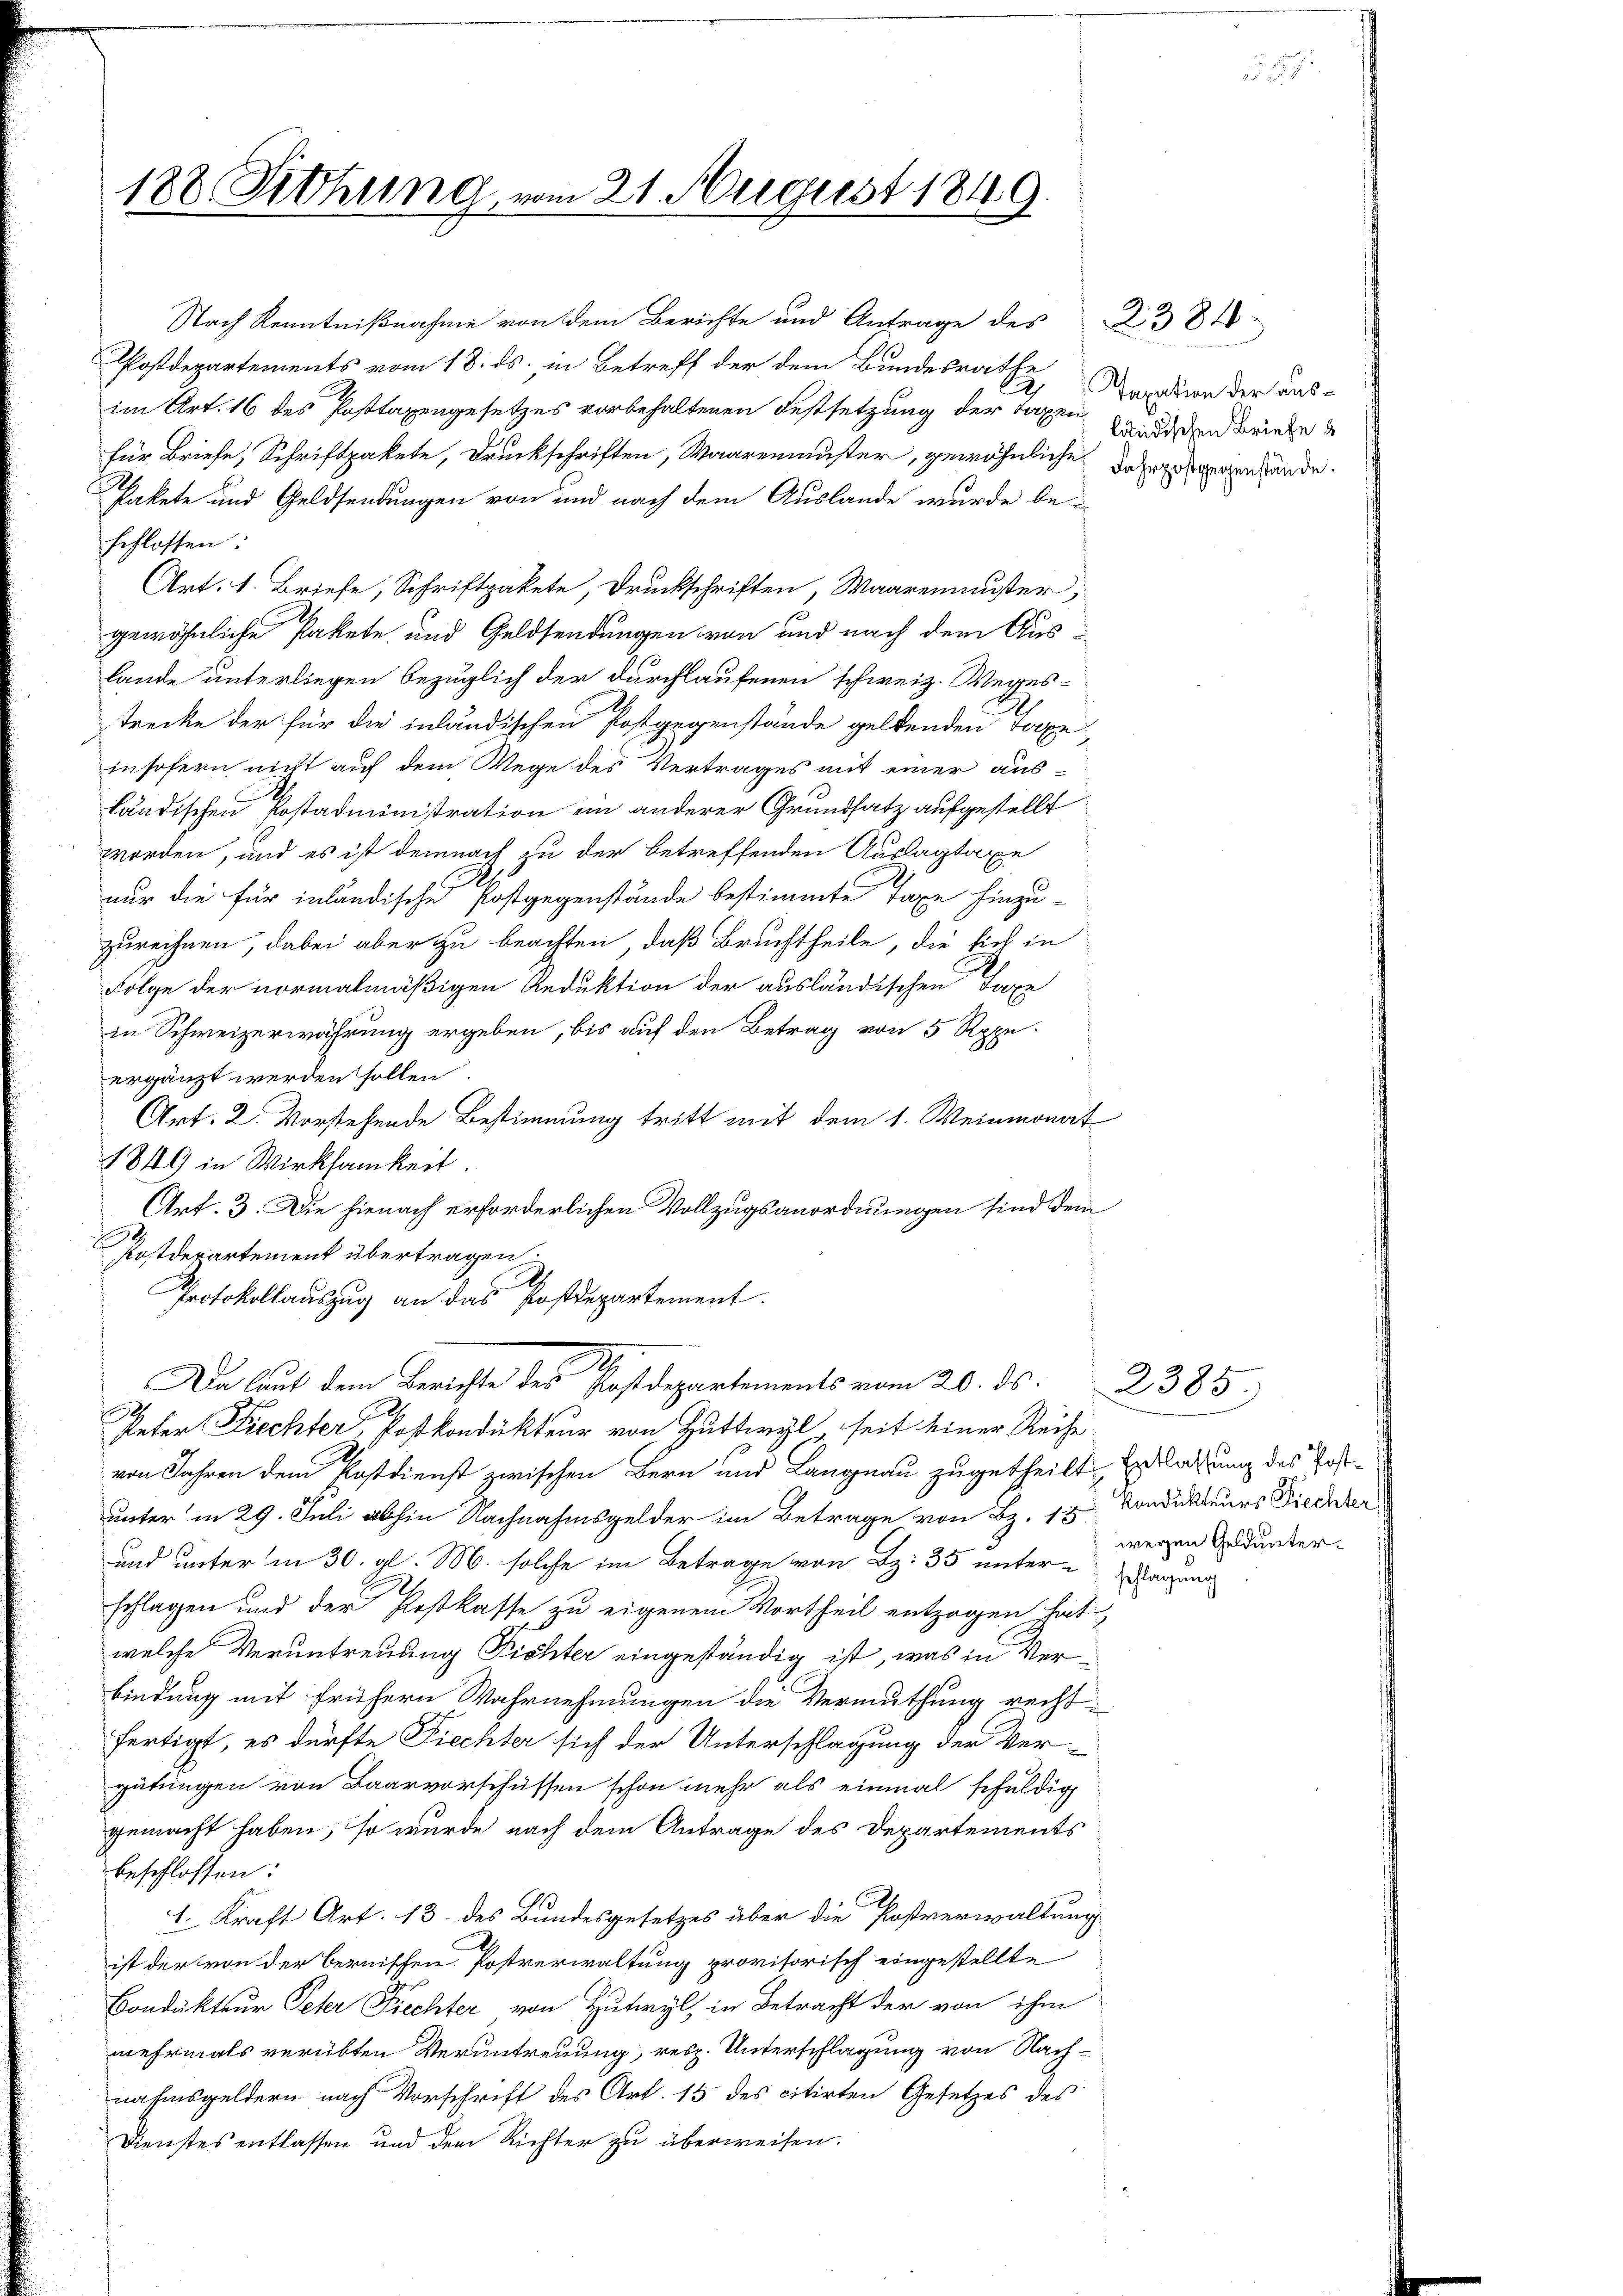
188. Sitzung, vom 21. August 1849.

im Art. 16 des Posttaxengesetzes vorbehaltenen Festsetzung der Taxen die und keine
für Briefe, Schriftpakete, Druckschriften, Waaremuster, gewöhnliche daher gegenhande
Pakete und Geldsendungen von und nach dem Auslande wurde beschlossen:
Art. 1. Briefe, Schriftpakete, Druckschriften, Waarenmuster,
gewöhnliche Pakete und Geldsendungen von und nach dem Aus
lande unterliegen bezüglich der durchlaufenen schweiz. Wegestrecke der für die inländischen Postgegenstände geltenden Taxe,
insofern nicht auf dem Wege des Vertrages mit einer aus-
ländischen Postadministration ein anderer Grundsatz aufgestellt
worden, und es ist demnach zu der betreffenden Auslagtaxe
nur die für inländische Postgegenstände bestimmte Taxe hinzu-
zurechnen, dabei aber zu beachten, daß Bruchtheile, die sich in
Folge der normalmäßigen Reduktion der ausländischen Taxe
in Schweizerwährung ergeben, bis auf den Betrag von 5 Rppeergänzt werden sollen.
Art: 2. Vorstehende Bestimmung tritt mit dem 1. Weinmonat
1849 in Wirksamkeit.
Art. 3. Die hienach erforderlichen Vollzugsanordnungen sind dem
Postdepartement übertragen.
.
Protokollauszug an das Postdepartement.
Da laut dem Berichte des Postdepartements vom 20. ds.
.
Peter Frechter, Postkondukteur von Huttwyl seit einer Reihe
von Jahren dem Postdienst zwischen Bern und Langnau zugetheilt, Erlaßung des Postunter in 29. Juli abhin Nachnahmsgelder im Betrage von Bz. 13. Kondukteurs Fiechter
und unter in 30. gl. M. solche im Betrage von S. 35 unter Regung
schlagen und der Postkasse zu eigenem Vortheil entzogen hat,
welche Veruntreuung Fichter eingeständig ist, was in Verbindung mit frühern Wahrnehmungen die Vermuthung recht
fertigt, es dürfte Fiechter sich der Unterschlagung der Ver-
gütungen von Baarvorschüssen schon mehr als einmal schuldig
gemacht haben, so wurde nach dem Antrage des Departements
beschlossen:
l. Kraft Art. 13. des Bundesgesetzes über die Postverwaltung
ist der von der bernischen Postverwaltung provisorisch eingestellte
Bondukteur Peter Piechter von Zutwyl, in Betracht der von ihm
mehrmals verübten Veruntreuung, resp. Unterschlagung von Nachnahmsgeldern nach Vorschrift des Art. 15 des citirten Gesetzes des
Dienstes entlassen und dem Richter zu überweisen.

Nach Kenntnißnahme von dem Berichte und Antrage des § 381
Postdepartements vom 18. ds. in Betreff der dem Bundesrathe

Taxation der aus¬

wegen Geld unter¬

2385.